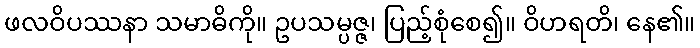
ဖလဝိပဿနာ သမာဓိကို။ ဥပသမ္ပဇ္ဇ၊ ပြည့်စုံစေ၍။ ဝိဟရတိ၊ နေ၏။